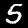
Label: 5